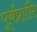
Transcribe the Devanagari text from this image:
पूर्वप्राप्ति